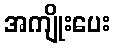
အကျိုးပေး